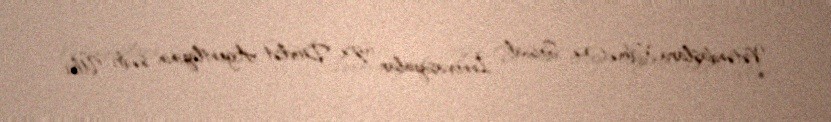
Vətəndaşlara Xidmət və Sosial İnnovasiyalar üzrə Dövlət Agentliyinin sədri Ülvi